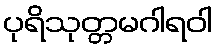
ပုရိသုတ္တမဂါရဝါ